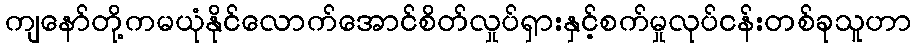
ကျနော်တို့ကမယုံနိုင်လောက်အောင်စိတ်လှုပ်ရှားနှင့်စက်မှုလုပ်ငန်းတစ်ခုသူဟာ